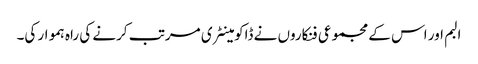
البم اور اس کے مجموعی فنکاروں نے ڈاکومینٹری مرتب کرنے کی راہ ہموار کی۔